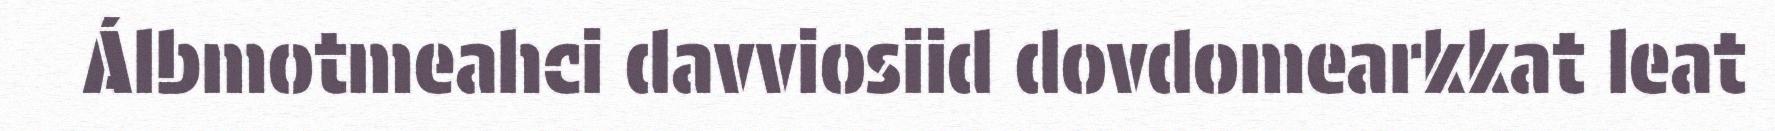
Álbmotmeahci davviosiid dovdomearkkat leat